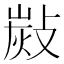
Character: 𢾋